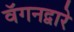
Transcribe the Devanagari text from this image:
वॅगनद्वारे